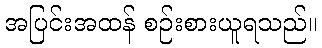
အပြင်းအထန် စဉ်းစားယူရသည်။